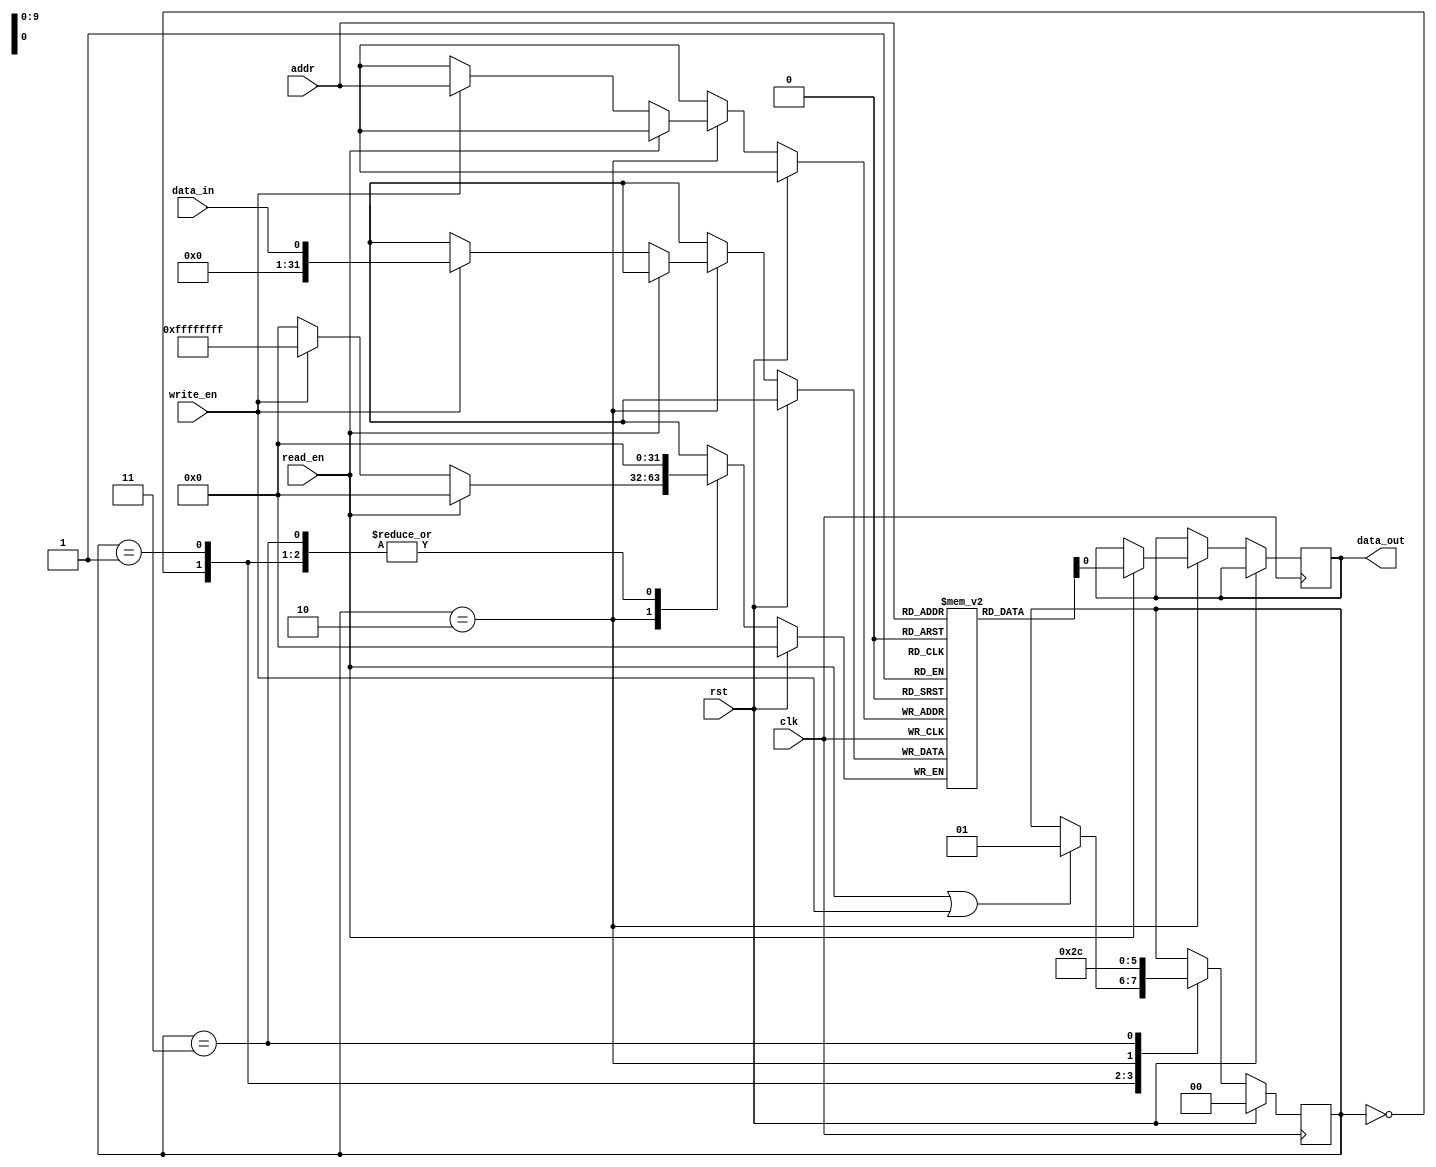
module sdram (
    input wire clk,
    input wire rst,
    input wire [ADDRESS_WIDTH-1:0] addr,
    input wire write_en,
    input wire read_en,
    input wire data_in,
    output wire data_out
);

parameter ADDRESS_WIDTH = 10; // specify the address width
parameter DATA_WIDTH = 32; // specify the data width

reg [DATA_WIDTH-1:0] memory [0:(2**ADDRESS_WIDTH)-1];
reg [ADDRESS_WIDTH-1:0] row_addr;
reg [ADDRESS_WIDTH-1:0] col_addr;
reg [1:0] state;

// State definitions
parameter IDLE = 2'b00;
parameter ROW_ACTIVE = 2'b01;
parameter COLUMN_ACCESS = 2'b10;
parameter PRECHARGE = 2'b11;

always @ (posedge clk) begin
    if (rst) begin
        state <= IDLE;
        row_addr <= 0;
        col_addr <= 0;
    end else begin
        case (state)
            IDLE: begin
                if (read_en || write_en) begin
                    row_addr <= addr[ADDRESS_WIDTH-1:ADDRESS_WIDTH/2];
                    col_addr <= addr[ADDRESS_WIDTH/2-1:0];
                    state <= ROW_ACTIVE;
                end
            end
            ROW_ACTIVE: begin
                // Activate the row address
                // Wait for the row activation time specified by datasheet
                state <= COLUMN_ACCESS;
            end
            COLUMN_ACCESS: begin
                if (read_en) begin
                    data_out <= memory[addr];
                end else if (write_en) begin
                    memory[addr] <= data_in;
                end
                // Perform read or write operation
                // Wait for the column access time specified by datasheet
                state <= PRECHARGE;
            end
            PRECHARGE: begin
                // Precharge the row address
                // Wait for the precharge time specified by datasheet
                state <= IDLE;
            end
        endcase
    end
end

endmodule